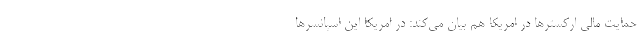
حمایت مالی ارکسترها در امریکا هم بیان می‌کند: در امریکا این اسپانسرها